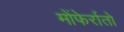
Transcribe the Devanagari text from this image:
मोंफेर्रातो